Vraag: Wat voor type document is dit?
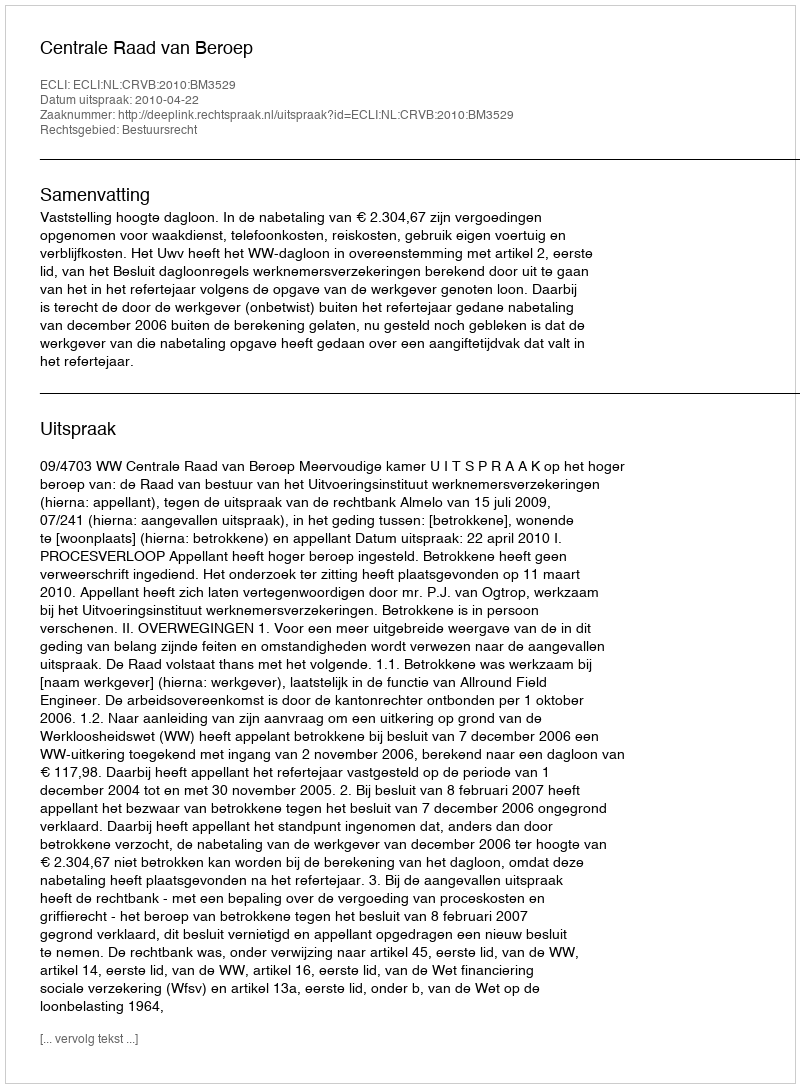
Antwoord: Uitspraak